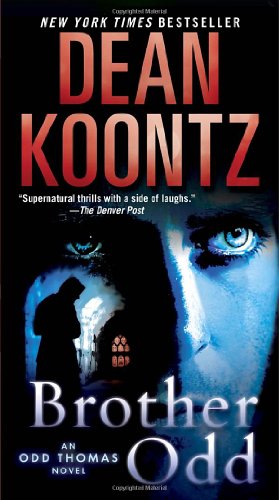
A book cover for Brother Odd: An Odd Thomas Novel; Dean Koontz; Mystery, Thriller & Suspense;